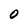
Character: O